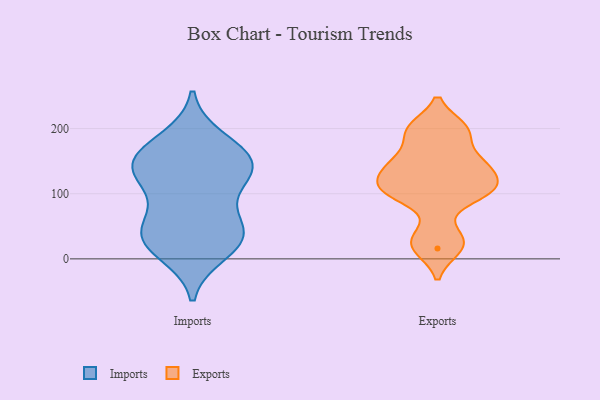
{"axis": {"x": "Active Users", "y": "Value"}, "legend": ["Exports", "Imports"], "data": [{"x": "", "y": 104, "type": "Imports"}, {"x": "", "y": 166, "type": "Imports"}, {"x": "", "y": 182, "type": "Imports"}, {"x": "", "y": 11, "type": "Imports"}, {"x": "", "y": 151, "type": "Imports"}, {"x": "", "y": 133, "type": "Imports"}, {"x": "", "y": 139, "type": "Imports"}, {"x": "", "y": 56, "type": "Imports"}, {"x": "", "y": 29, "type": "Imports"}, {"x": "", "y": 133, "type": "Imports"}, {"x": "", "y": 148, "type": "Imports"}, {"x": "", "y": 34, "type": "Imports"}, {"x": "", "y": 39, "type": "Imports"}, {"x": "", "y": 37, "type": "Imports"}, {"x": "", "y": 106, "type": "Exports"}, {"x": "", "y": 129, "type": "Exports"}, {"x": "", "y": 16, "type": "Exports"}, {"x": "", "y": 147, "type": "Exports"}, {"x": "", "y": 150, "type": "Exports"}, {"x": "", "y": 33, "type": "Exports"}, {"x": "", "y": 196, "type": "Exports"}, {"x": "", "y": 104, "type": "Exports"}, {"x": "", "y": 200, "type": "Exports"}, {"x": "", "y": 102, "type": "Exports"}]}